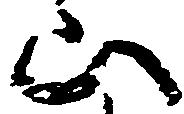
山